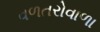
વળતરોવાળા